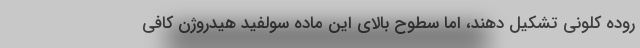
روده کلونی تشکیل دهند، اما سطوح بالای این ماده سولفید هیدروژن کافی